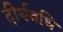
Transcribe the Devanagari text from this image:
दीर्घवधि